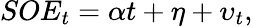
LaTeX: SOE_{t}=\alpha t+\eta+\upsilon_{t},